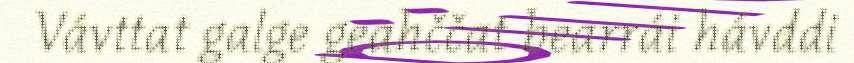
Vávttat galge geahččat bearrái hávddi